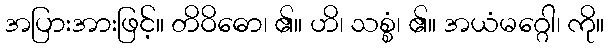
အပြားအားဖြင့်။ တိဝိဓော၊ ၏။ ဟိ၊ သစ္စံ၊ ၏။ အယံမဂ္ဂေါ၊ ကို။